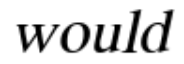
would